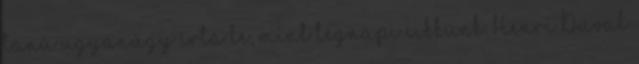
tanú ugyanúgy írta le, mint tegnapi cikkünk. Henri Duval